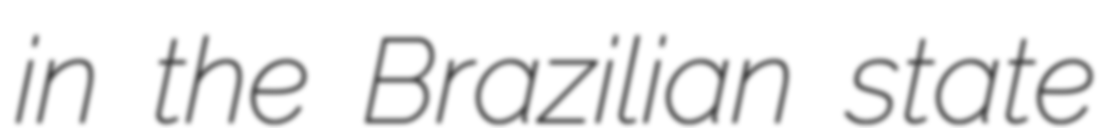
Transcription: in the Brazilian state